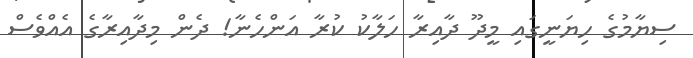
ސިޔާމުގެ ހިޔަނީގައި މީދޫ ދާއިރާ ހަލާކު ކުރާ އަންހެނާ! ދެން މިދާއިރާގެ އެއްވެސް